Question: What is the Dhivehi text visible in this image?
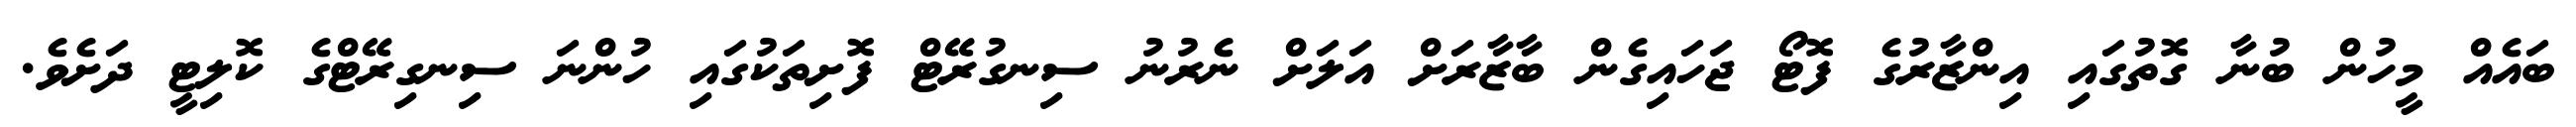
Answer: ބައެއް މީހުން ބުނާ ގޮތުގައި އިންޒާރުގެ ފޮޓޯ ޖަހައިގެން ބާޒާރަށް އަލަށް ނެރުނު ސިނގުރޭޓް ފޮށިތަކުގައި ހުންނަ ސިނގިރޭޓްގެ ކޮލިޓީ ދަށެވެ.